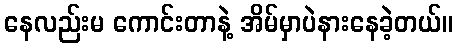
နေလည်းမ ကောင်းတာနဲ့ အိမ်မှာပဲနားနေခဲ့တယ်။